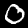
Label: 0